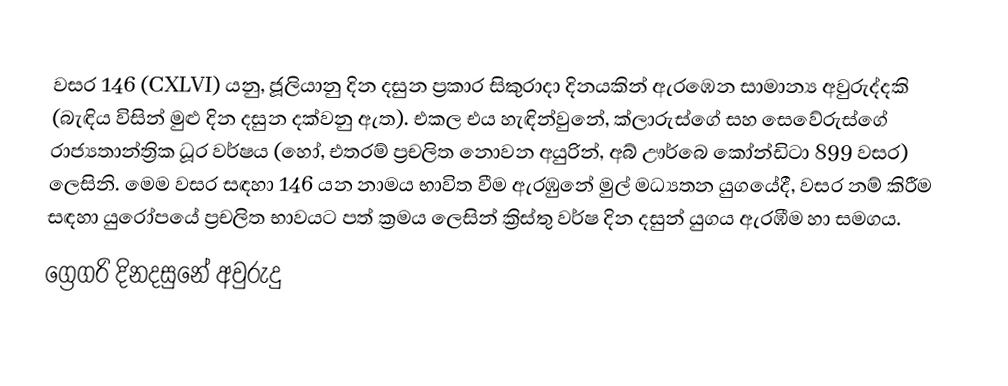

වසර 146 (CXLVI) යනු,  ජූලියානු දින දසුන ප්‍රකාර   සිකුරාදා දිනයකින් ඇරඹෙන සාමාන්‍ය අවුරුද්දකි  (බැඳිය විසින් මුළු දින දසුන දක්වනු ඇත). එකල එය හැඳින්වුනේ, ක්ලාරුස්ගේ සහ සෙවේරුස්ගේ රාජ්‍යතාන්ත්‍රික  ධූර වර්ෂය (හෝ, එතරම් ප්‍රචලිත නොවන අයුරින්,  අබ් ඌර්බෙ කෝන්ඩිටා  899 වසර) ලෙසිනි.  මෙම වසර සඳහා 146 යන නාමය භාවිත වීම ඇරඹුනේ මුල් මධ්‍යතන යුගයේදී, වසර නම් කිරීම සඳහා යුරෝපයේ ප්‍රචලිත භාවයට පත් ක්‍රමය ලෙසින් ක්‍රිස්තු වර්ෂ දින දසුන් යුගය ඇරඹීම හා සමගය.
ග්‍රෙගරි දිනදසුනේ අවුරුදු